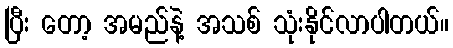
ပြီး တော့ အမည်နဲ့ အသစ် သုံးနိုင်လာပါတယ်။